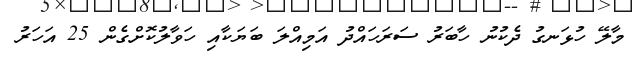
މާލޭ ހުޅަނގު ދެކުނު ހާބަރު ސަރަހައްދު އަމިއްލަ ބަޔަކާއި ހަވާލުކޮށްގެން 25 އަހަރު